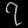
Digit: ၇